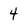
Character: 4